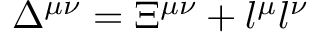
\Delta ^ { \mu \nu } = \Xi ^ { \mu \nu } + l ^ { \mu } l ^ { \nu }